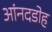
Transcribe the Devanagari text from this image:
आंनदडोह